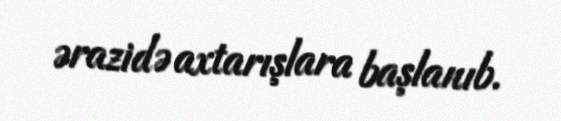
ərazidə axtarışlara başlanıb.